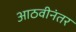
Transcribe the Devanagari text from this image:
आठवीनंतर